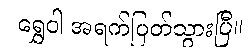
ရွှေဝါ အရက်ပြတ်သွားပြီ။